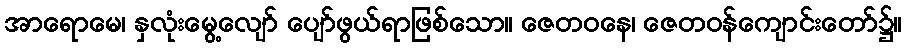
အာရောမေ၊ နှလုံးမွေ့လျော် ပျော်ဖွယ်ရာဖြစ်သော။ ဇေတဝနေ၊ ဇေတဝန်ကျောင်းတော်၌။